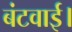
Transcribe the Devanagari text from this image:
बंटवाई।